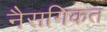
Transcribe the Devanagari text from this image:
नैसगिकत